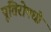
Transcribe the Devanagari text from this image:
पूतिरोषधी